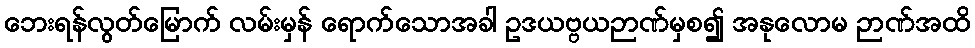
ဘေးရန်လွတ်မြောက် လမ်းမှန် ရောက်သောအခါ ဥဒယဗ္ဗယဉာဏ်မှစ၍ အနုလောမ ဉာဏ်အထိ